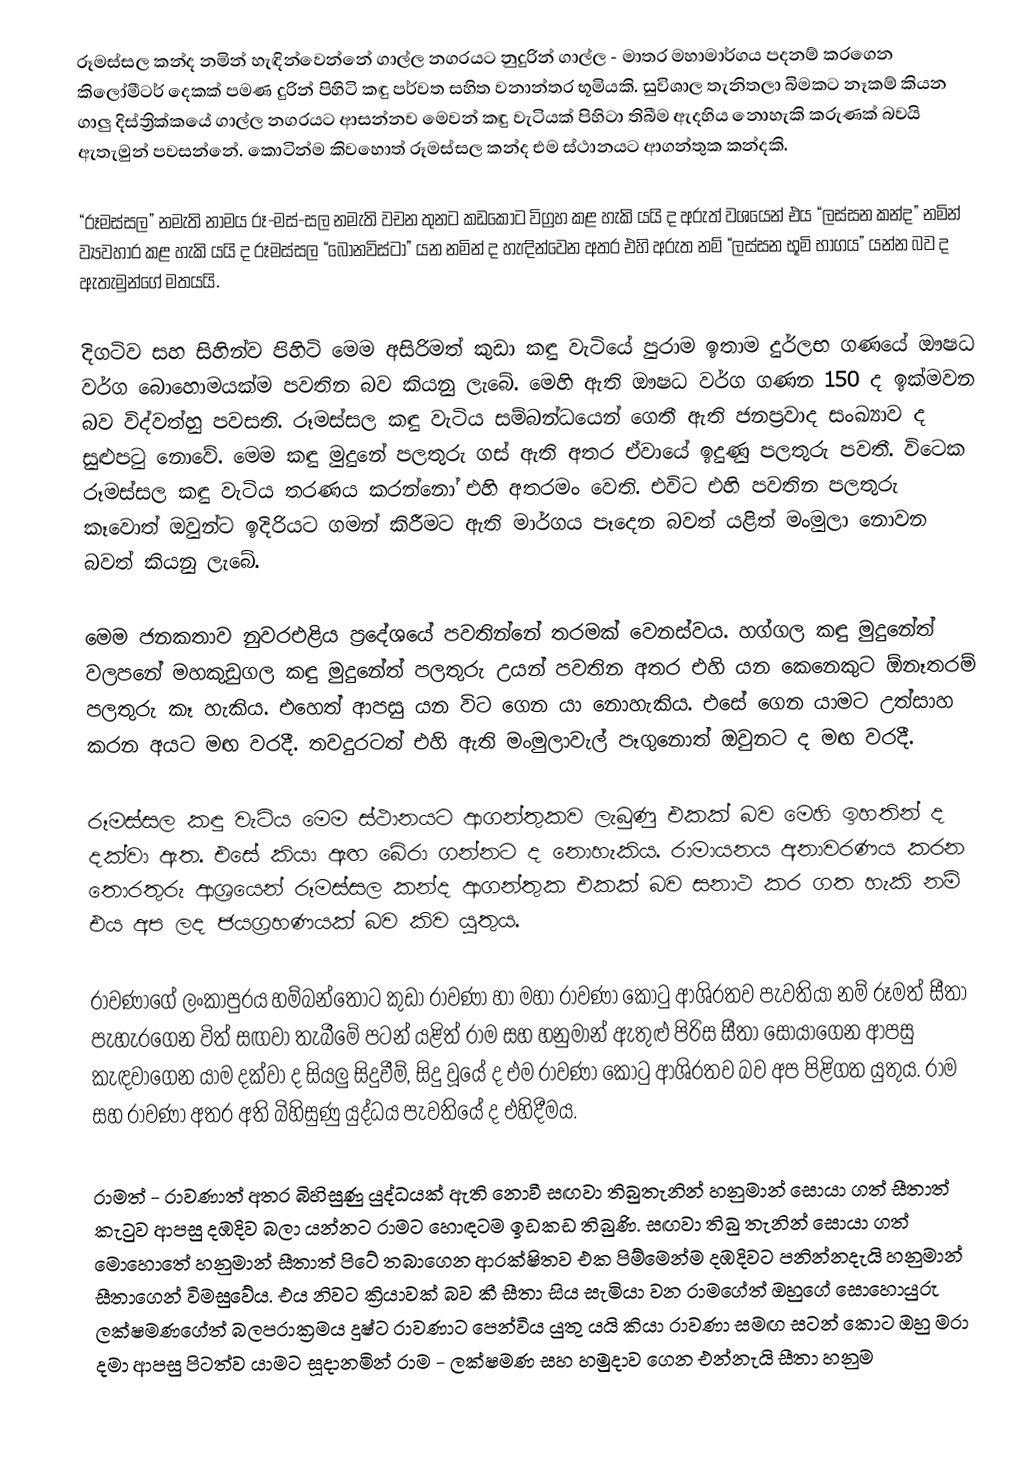
රූමස්සල කන්ද නමින් හැඳින්වෙන්නේ ගාල්ල නගරයට නුදුරින් ගාල්ල - මාතර මහාමාර්ගය පදනම් කරගෙන කිලෝමීටර් දෙකක් පමණ දුරින් පිහිටි කඳු පර්වත සහිත වනාන්තර භූමියකි. සුවිශාල තැනිතලා බිමකට නෑකම් කියන ගාලු දිස්ත්‍රික්කයේ ගාල්ල නගරයට ආසන්නව මෙවන් කඳු වැටියක් පිහිටා තිබීම ඇදහිය නොහැකි කරුණක් බවයි ඇතැමුන් පවසන්නේ. කොටින්ම කිවහොත් රූමස්සල කන්ද එම ස්ථානයට ආගන්තුක කන්දකි.

“රූමස්සල” නමැති නාමය රූ-මස්-සල නමැති වචන තුනට කඩකොට විග්‍රහ කළ හැකි යයි ද අරුත් වශයෙන් එය “ලස්සන කන්ද” නමින් ව්‍යවහාර කළ හැකි යයි ද රූමස්සල “බොනවිස්ටා” යන නමින් ද හැඳින්වෙන අතර එහි අරුත නම් “ලස්සන භූමි භාගය” යන්න බව ද ඇතැමුන්ගේ මතයයි.

දිගටිව සහ සිහින්ව පිහිටි මෙම අසිරිමත් කුඩා කඳු වැටියේ පුරාම ඉතාම දුර්ලභ ගණයේ ඖෂධ වර්ග බොහොමයක්ම පවතින බව කියනු ලැබේ. මෙහි ඇති ඖෂධ වර්ග ගණන 150 ද ඉක්මවන බව විද්වත්හු පවසති. රූමස්සල කඳු වැටිය සම්බන්ධයෙන් ගෙතී ඇති ජනප්‍රවාද සංඛ්‍යාව ද සුළුපටු නොවේ. මෙම කඳු මුදුනේ පලතුරු ගස් ඇති අතර ඒවායේ ඉදුණු පලතුරු පවතී. විටෙක රූමස්සල කඳු වැටිය තරණය කරන්නෝ එහි අතරමං වෙති. එවිට එහි පවතින පලතුරු කෑවොත් ඔවුන්ට ඉදිරියට ගමන් කිරීමට ඇති මාර්ගය පෑදෙන බවත් යළිත් මංමුලා නොවන බවත් කියනු ලැබේ.

මෙම ජනකතාව නුවරඑළිය ප්‍රදේශයේ පවතින්නේ තරමක් වෙනස්වය. හග්ගල කඳු මුදුනේත් වලපනේ මහකුඩුගල කඳු මුදුනේත් පලතුරු උයන් පවතින අතර එහි යන කෙනෙකුට ඕනෑතරම් පලතුරු කෑ හැකිය. එහෙත් ආපසු යන විට ගෙන යා නොහැකිය. එසේ ගෙන යාමට උත්සාහ කරන අයට මඟ වරදී. තවදුරටත් එහි ඇති මංමුලාවැල් පෑගුනොත් ඔවුනට ද මඟ වරදී.

රූමස්සල කඳු වැටිය මෙම ස්ථානයට ආගන්තුකව ලැබුණු එකක් බව මෙහි ඉහතින් ද දක්වා ඇත. එසේ කියා ඇඟ බේරා ගන්නට ද නොහැකිය. රාමායනය අනාවරණය කරන තොරතුරු ආශ්‍රයෙන් රූමස්සල කන්ද ආගන්තුක එකක් බව සනාථ කර ගත හැකි නම් එය අප ලද ජයග්‍රහණයක් බව කිව යුතුය.

රාවණාගේ ලංකාපුරය හම්බන්තොට කුඩා රාවණා හා මහා රාවණා කොටු ආශි‍්‍රතව පැවතියා නම් රූමත් සීතා පැහැරගෙන විත් සඟවා තැබීමේ පටන් යළිත් රාම සහ හනුමාන් ඇතුළු පිරිස සීතා සොයාගෙන ආපසු කැඳවාගෙන යාම දක්වා ද සියලු සිදුවීම්, සිදු වූයේ ද එම රාවණා කොටු ආශි‍්‍රතව බව අප පිළිගත යුතුය. රාම සහ රාවණා අතර අති බිහිසුණු යුද්ධය පැවතියේ ද එහිදීමය.

රාමත් - රාවණාත් අතර බිහිසුණු යුද්ධයක් ඇති නොවී සඟවා තිබුතැනින් හනුමාන් සොයා ගත් සීතාත් කැටුව ආපසු දඹදිව බලා යන්නට රාමට හොඳටම ඉඩකඩ තිබුණි. සඟවා තිබු තැනින් සොයා ගත් මොහොතේ හනුමාන් සීතාත් පිටේ තබාගෙන ආරක්ෂිතව එක පිම්මෙන්ම දඹදිවට පනින්නදැයි හනුමාන් සීතාගෙන් විමසුවේය. එය නිවට ක්‍රියාවක් බව කී සීතා සිය සැමියා වන රාමගේත් ඔහුගේ සොහොයුරු ලක්ෂමණගේත් බලපරාක්‍රමය දුෂ්ට රාවණාට පෙන්විය යුතු යයි කියා රාවණා සමඟ සටන් කොට ඔහු මරා දමා ආපසු පිටත්ව යාමට සූදානමින් රාම - ලක්ෂමණ සහ හමුදාව ගෙන එන්නැයි සීතා හනුම